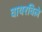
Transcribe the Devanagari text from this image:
वायरविले